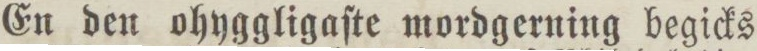
En den ohyggligaſte mordgerning begicks